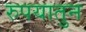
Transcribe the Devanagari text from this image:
रुपयातुन